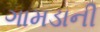
ગામડાની